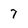
Character: 7